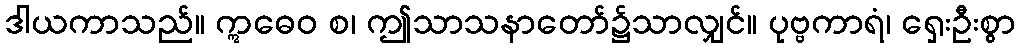
ဒါယကာသည်။ ဣဓေဝ စ၊ ဤသာသနာတော်၌သာလျှင်။ ပုဗ္ဗကာရံ၊ ရှေးဦးစွာ